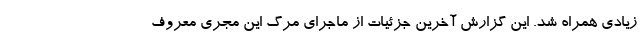
زیادی همراه شد. این گزارش آخرین جزئیات از ماجرای مرگ این مجری معروف